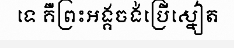
ទេ គឺព្រះអង្គចង់ប្រើស្នៀត